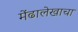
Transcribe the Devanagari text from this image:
मेंढालेखाचा